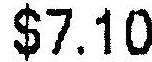
$7.10